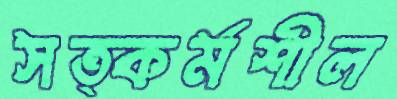
সত্কর্মশীল